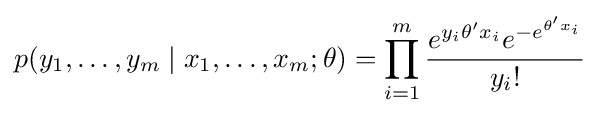
p(y_{1},\ldots ,y_{m}\mid x_{1},\ldots ,x_{m};\theta )=\prod _{i=1}^{m}{\frac {e^{y_{i}\theta 'x_{i}}e^{-e^{\theta 'x_{i}}}}{y_{i}!}}